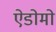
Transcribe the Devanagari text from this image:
ऐडोमो